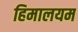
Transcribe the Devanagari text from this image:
हिमालयम